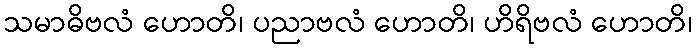
သမာဓိဗလံ ဟောတိ၊ ပညာဗလံ ဟောတိ၊ ဟိရိဗလံ ဟောတိ၊